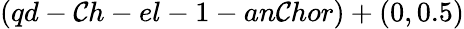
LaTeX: (qd-\mathcal{C}h-el-1-an\mathcal{C}hor)+(0,0.5)